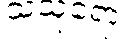
သသုရော